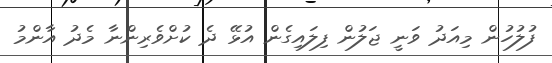
ފުލުހުން މިއަދު ވަނީ ޖަލުން ފިލައިގެން އުޅޭ ދެ ކުށްވެރިންނާ މެދު އާންމު